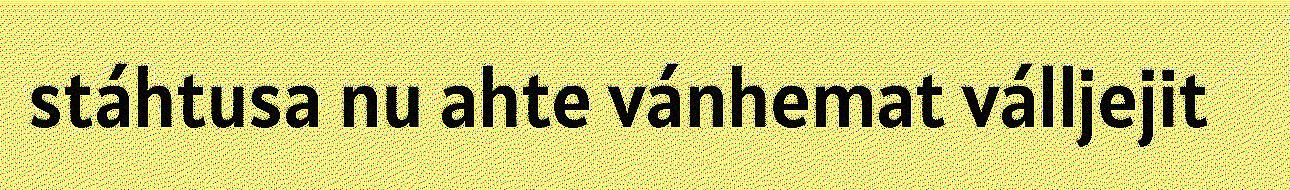
stáhtusa nu ahte vánhemat válljejit